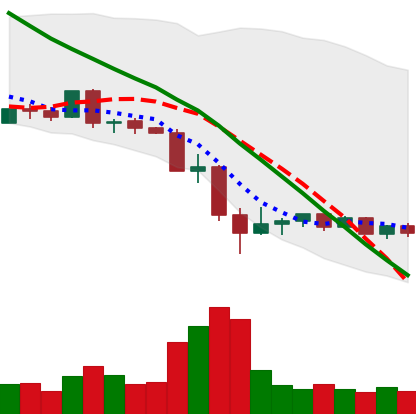
Ticker: EOS-USD
Chart end date: 2022-05-20
Forward return: 3.558%
Label: up_3_5